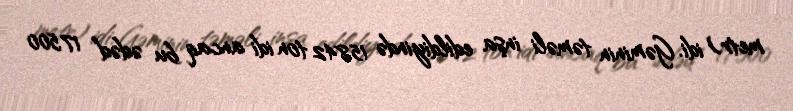
metr) idi. Gəminin təməli inşa edildiyində 15.842 ton idi ancaq bu ədəd 17.500